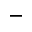
^ -